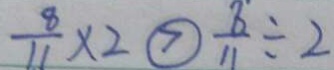
\frac { 8 } { 1 1 } \times 2 \textcircled { > } \frac { 8 } { 1 1 } \div 2